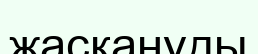
жасқануды